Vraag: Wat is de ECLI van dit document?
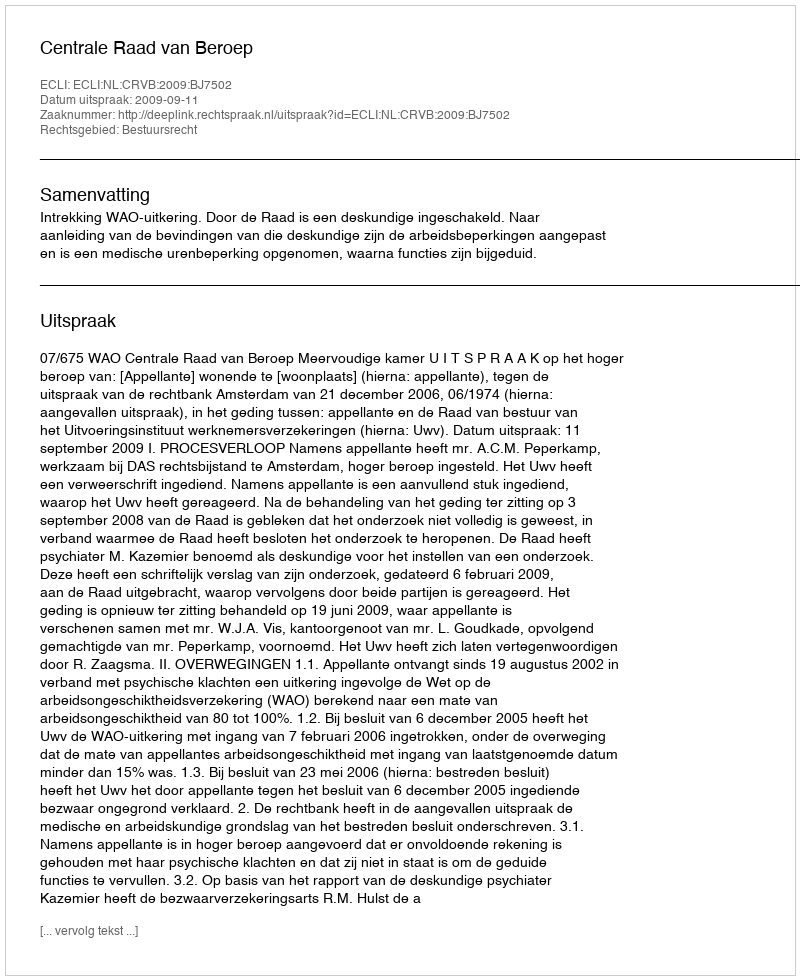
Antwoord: ECLI:NL:CRVB:2009:BJ7502